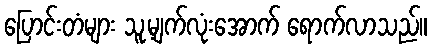
ပြောင်းတံများ သူ့မျက်လုံးအောက် ရောက်လာသည်။